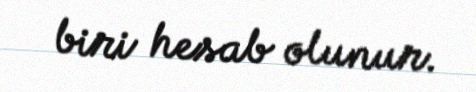
biri hesab olunur.